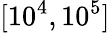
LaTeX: [10^{4},10^{5}]